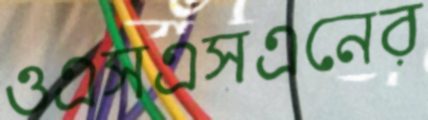
ওএসএসএনের